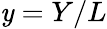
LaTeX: \mathit{y}=Y/L